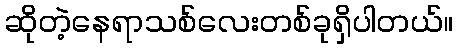
ဆိုတဲ့နေရာသစ်လေးတစ်ခုရှိပါတယ်။